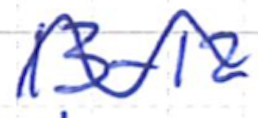
Text: 13-12
Cross-out: wave
Writing tool: ballpoint